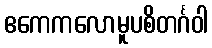
ဧကေကလောမူပစိတင်္ဂဝါ